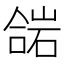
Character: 𱔋